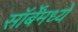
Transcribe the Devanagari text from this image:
सॉर्बेंमध्ये